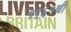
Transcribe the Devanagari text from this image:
१९६१ची